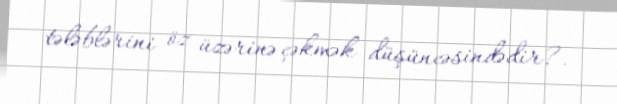
tələblərini öz üzərinə çəkmək düşüncəsindədir?.